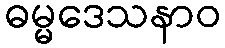
ဓမ္မဒေသနာဝ